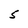
Character: 5